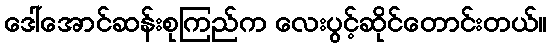
ဒေါ်အောင်ဆန်းစုကြည်က လေးပွင့်ဆိုင်တောင်းတယ်။